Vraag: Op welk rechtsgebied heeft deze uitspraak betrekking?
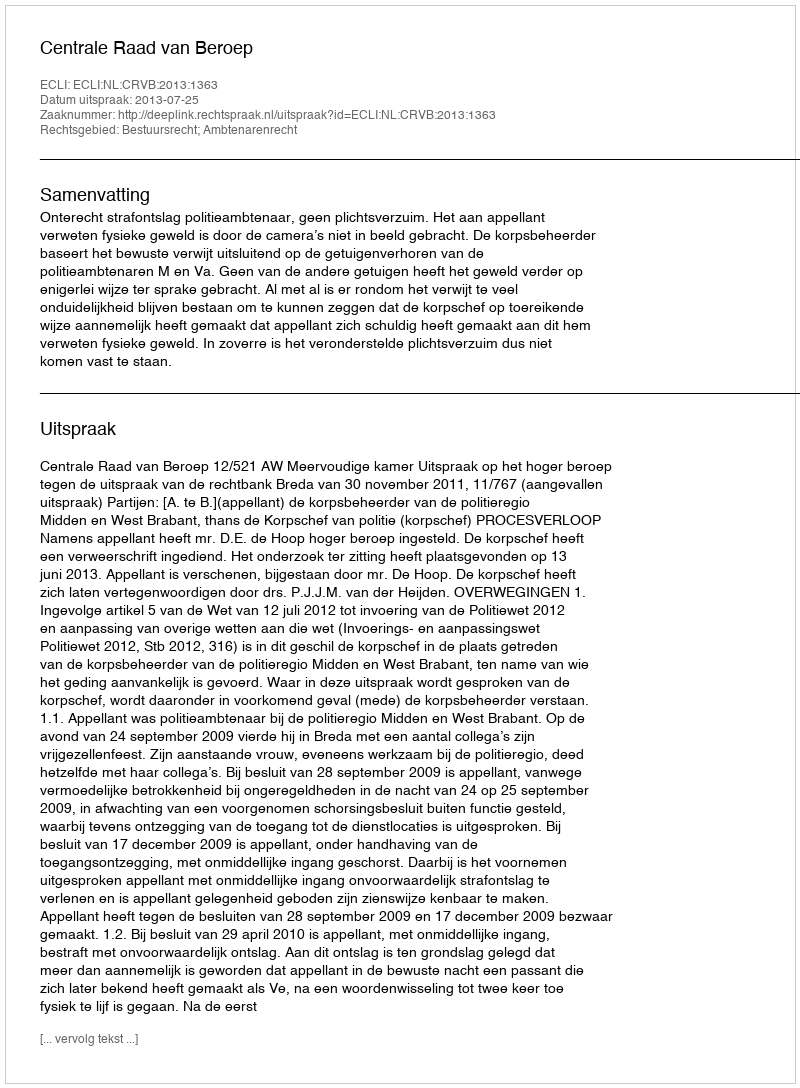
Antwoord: Bestuursrecht; Ambtenarenrecht